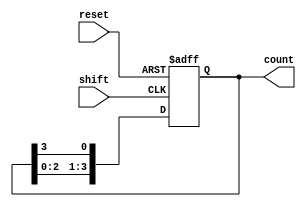
module async_ring_counter #(parameter N = 4) (
    input wire reset,    // Asynchronous reset
    input wire shift,    // Shift control signal (triggering event)
    output reg [N-1:0] count // N-bit count output
);

    // Initial condition for the counter
    initial begin
        count = 1'b1; // Initialize the first flip-flop to '1'
    end

    always @(posedge shift or posedge reset) begin
        if (reset) begin
            count <= 1'b1; // Reset condition: first flip-flop set to '1'
        end else begin
            count <= {count[N-2:0], count[N-1]}; // Shift the '1' state
        end
    end

endmodule